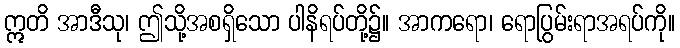
ဣတိ အာဒီသု၊ ဤသို့အစရှိသော ပါနိရပ်တို့၌။ အာကရော၊ ရောပြွမ်းရာအရပ်ကို။